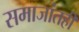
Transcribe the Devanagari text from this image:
समाजांतही